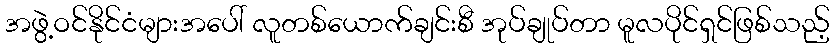
အဖွဲ့ဝင်နိုင်ငံများအပေါ် လူတစ်ယောက်ချင်းစီ အုပ်ချုပ်တာ မူလပိုင်ရှင်ဖြစ်သည့်